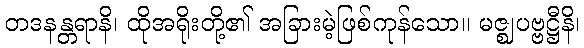
တဒနန္တရာနိ၊ ထိုအရိုးတို့၏ အခြားမဲ့ဖြစ်ကုန်သော။ မဇ္ဈပဗ္ဗဋ္ဌီနိ၊